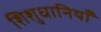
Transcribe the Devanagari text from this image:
शिशुधानियाँ